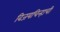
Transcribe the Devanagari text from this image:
विजयचिन्हाची